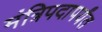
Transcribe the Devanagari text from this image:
मंत्रिपदापर्यंत